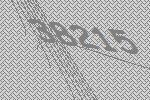
38215